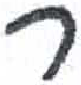
אות: ר